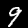
Label: 9